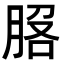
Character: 𦛵